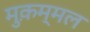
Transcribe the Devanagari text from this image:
मुक़म्मल